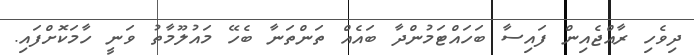
ދިވެހި ރާއްޖެއިން ފައިސާ ބަހައްޓަމުންދާ ބައެއް ތަންތަނާ ބެހޭ މައުލޫމާތު ވަނީ ހާމަކޮށްފައި.